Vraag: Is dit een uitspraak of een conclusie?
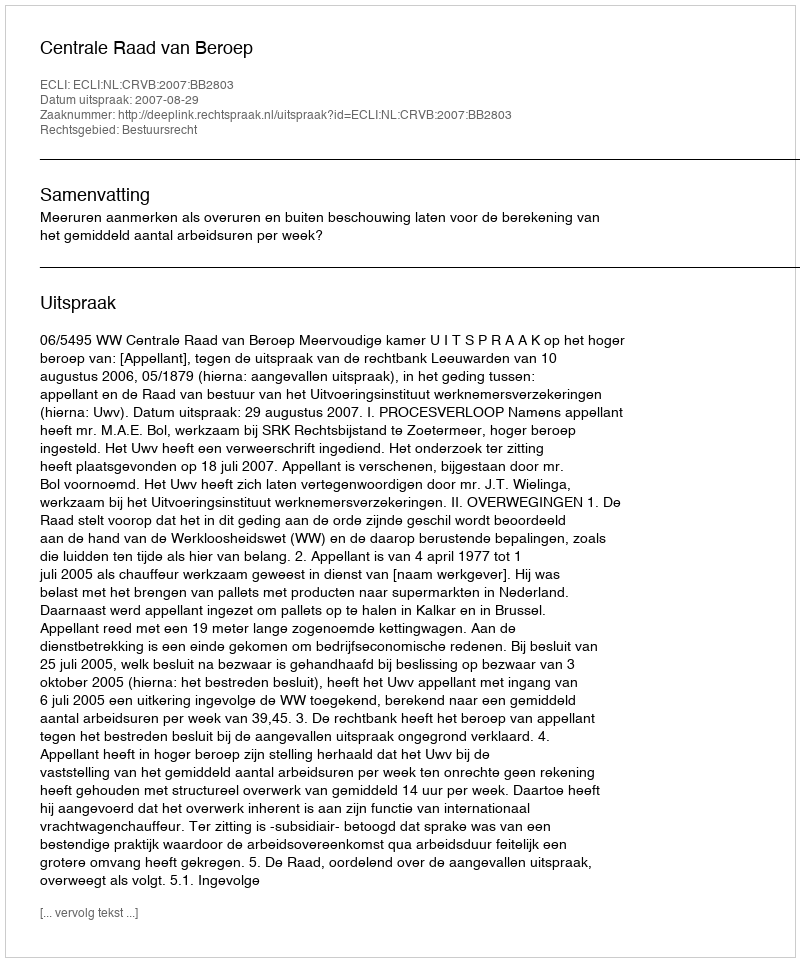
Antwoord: Uitspraak